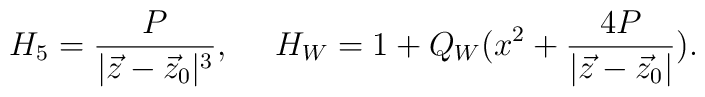
H_{5}={{P}\over{|\vec{z}-\vec{z}_{0}|^{3}}},\ \ \ \ H_{W}=1+Q_{W}(x^{2}+{{4P}\over {|\vec{z}-\vec{z}_{0}|}}).